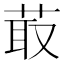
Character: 菆